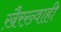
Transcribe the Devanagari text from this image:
ख़ैरख़्वाही